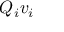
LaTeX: Q _ { i } v _ { i }